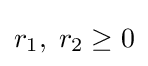
r_{1},\;r_{2}\geq 0